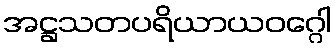
အဋ္ဌသတပရိယာယဝဂ္ဂေါ